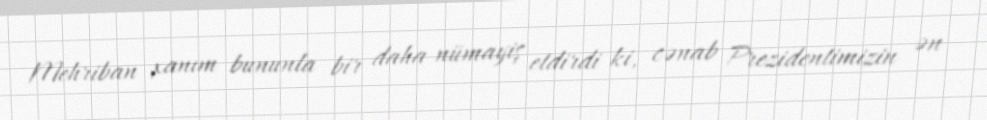
Mehriban xanım bununla bir daha nümayiş etdirdi ki, cənab Prezidentimizin ən